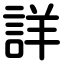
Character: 詳